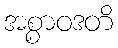
အစ္စာဝဒတိ